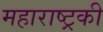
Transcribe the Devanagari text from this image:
महाराष्ट्रकी